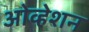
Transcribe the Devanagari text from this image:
ओव्हेशन